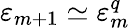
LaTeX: \varepsilon_{m+1}\simeq\varepsilon_{m}^{q}